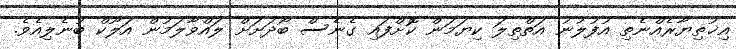
އިޚުތިޔާރެއްނެތި އުފުލުނު އަތްތިލަ ކިޔަމަން ކޮށްފައި ގެނެސް ބޯދަށަށް ލައްވާލަމުން އަލޫކް ބުނެލިއެވެ.